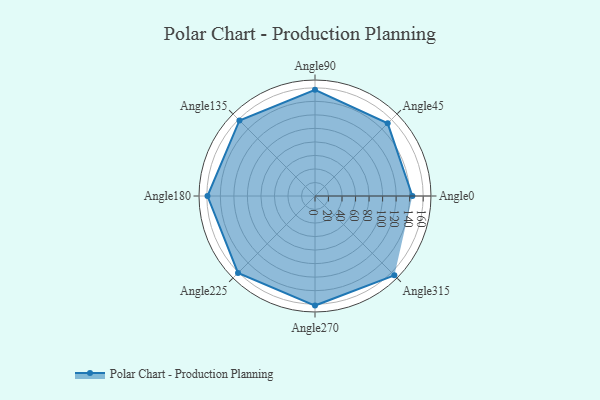
{"axis": {"x": "Angle", "y": "Radius"}, "legend": [""], "data": [{"x": "Angle0", "y": 144.0, "type": ""}, {"x": "Angle45", "y": 152.0, "type": ""}, {"x": "Angle90", "y": 157.0, "type": ""}, {"x": "Angle135", "y": 158.0, "type": ""}, {"x": "Angle180", "y": 159.0, "type": ""}, {"x": "Angle225", "y": 161.0, "type": ""}, {"x": "Angle270", "y": 162.0, "type": ""}, {"x": "Angle315", "y": 166.0, "type": ""}]}